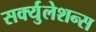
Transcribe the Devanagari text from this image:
सर्क्युलेशन्स